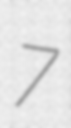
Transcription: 7